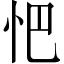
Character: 𢗌